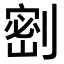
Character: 𭄋